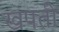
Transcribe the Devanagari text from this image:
खपती